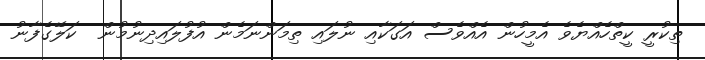
ތިކުރީ ކީތްހެއްޔެވެ އެމީހުން އެއްވެސް އަގަކާއި ނުލައި ތިމަންނަމެން އުފުލައިދިނުމުން  ކަލޭގެފާނު